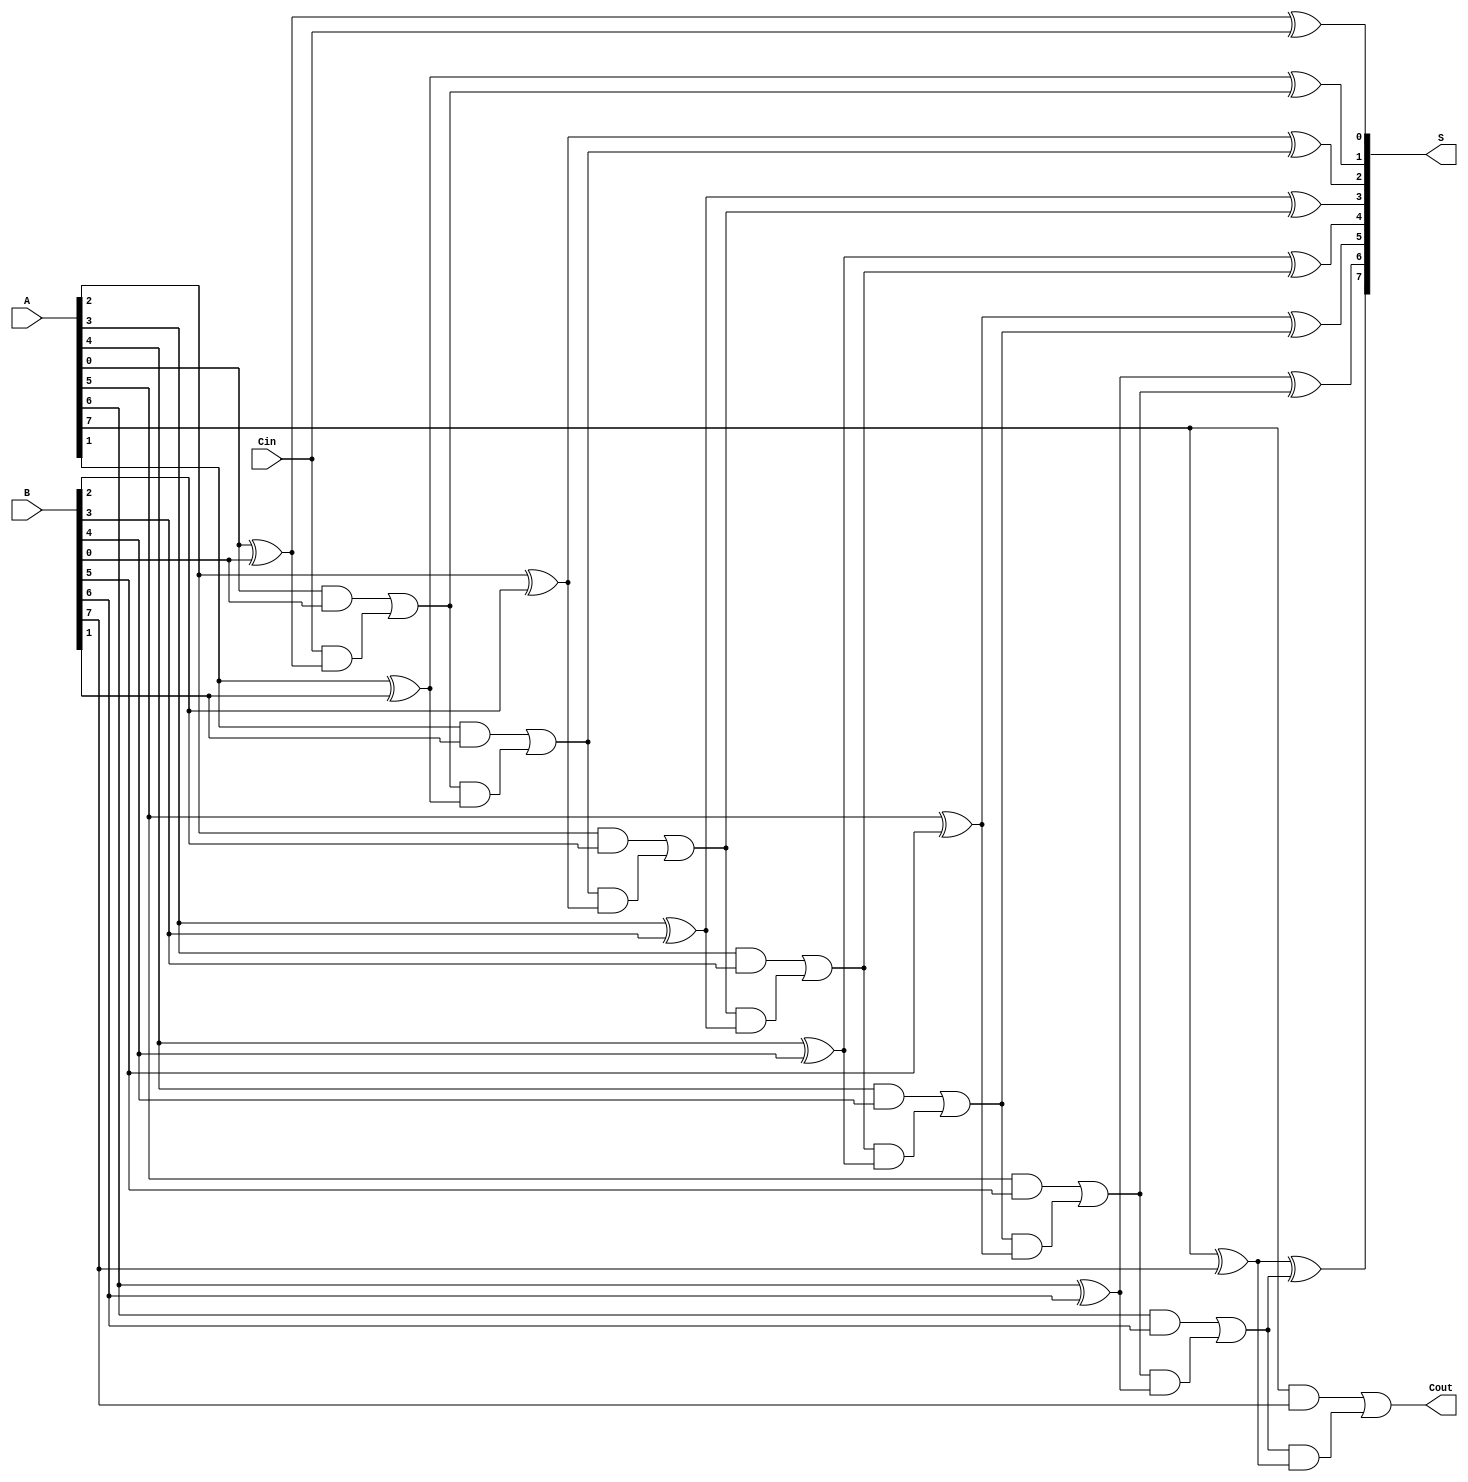
module HanCarlsonAdder #(
    parameter N = 8  // Parameter for the bit-width of the adder
)(
    input  [N-1:0] A,    // First n-bit input
    input  [N-1:0] B,    // Second n-bit input
    input         Cin,    // Carry-in
    output [N-1:0] S,     // n-bit sum output
    output        Cout     // Carry-out
);

    wire [N:0] C; // Carry signals, C[0] is the initial carry-in

    // Assign the initial carry-in
    assign C[0] = Cin;

    // Generate carry and sum for each bit
    genvar i;
    generate
        for (i = 0; i < N; i = i + 1) begin : adder_stage
            // Sum calculation
            assign S[i] = A[i] ^ B[i] ^ C[i];

            // Carry generation
            assign C[i + 1] = (A[i] & B[i]) | (C[i] & (A[i] ^ B[i]));
        end
    endgenerate

    // Assign the final carry-out
    assign Cout = C[N];

endmodule